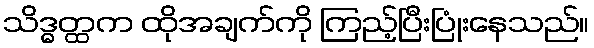
သိဒ္ဓတ္ထက ထိုအချက်ကို ကြည့်ပြီးပြုံးနေသည်။